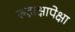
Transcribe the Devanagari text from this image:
रुद्राक्षापेक्षा